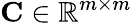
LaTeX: \mathbf{C}\in\mathbb{R}^{m\times m}